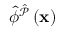
\hat { \phi } ^ { \hat { \mathcal { P } } } \left( \mathbf { x } \right)